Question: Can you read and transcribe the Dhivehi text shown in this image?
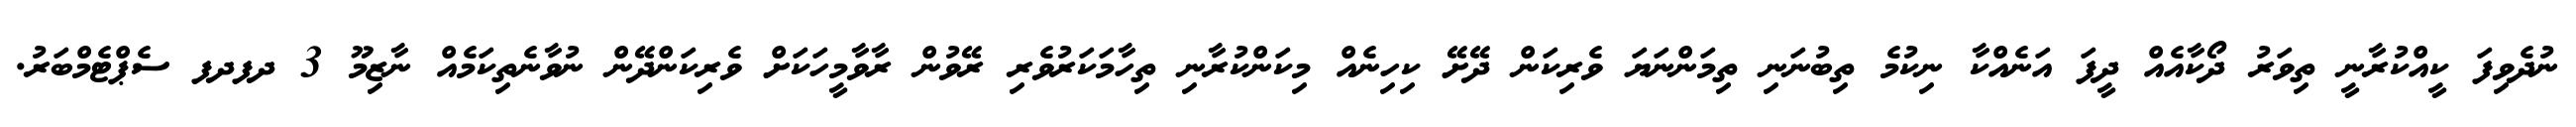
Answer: ނުދެވިފަ ކީއްކުރާނީ ތިވަރު ދޯކާއެއް ދީފަ އަނެއްކާ ނިކުމެ ތިބުނަނި ތިމަންނަޔަ ވެރިކަން ދޭށޭ ކިހިނެއް މިކަންކުރާނި ތިހާމަކަރުވެރި ރޭވުން ރާވާމީހަކަށް ވެރިކަންދޭން ނުވާނެތިކަމެއް ނާޒިމޫ 3 ދފދފ ސެޕްޓެމްބަރު.